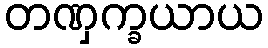
တဏှက္ခယာယ